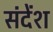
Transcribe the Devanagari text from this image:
संदेंश